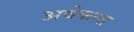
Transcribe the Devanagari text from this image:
अवेकन्स